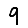
Digit: 9